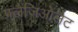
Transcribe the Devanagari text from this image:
फ्लैजिओलैट